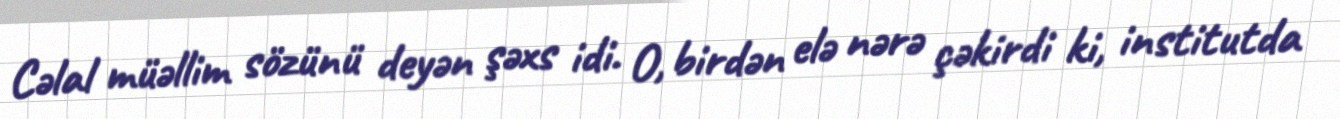
Cəlal müəllim sözünü deyən şəxs idi. O, birdən elə nərə çəkirdi ki, institutda